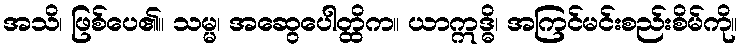
အသိ၊ ဖြစ်ပေ၏။ သမ္မ၊ အဆွေပေါတ္ထိက။ ယာဣဒ္ဓိ၊ အကြင်မင်းစည်းစိမ်ကို။